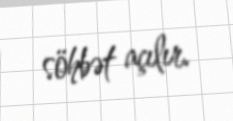
söhbət açılır.